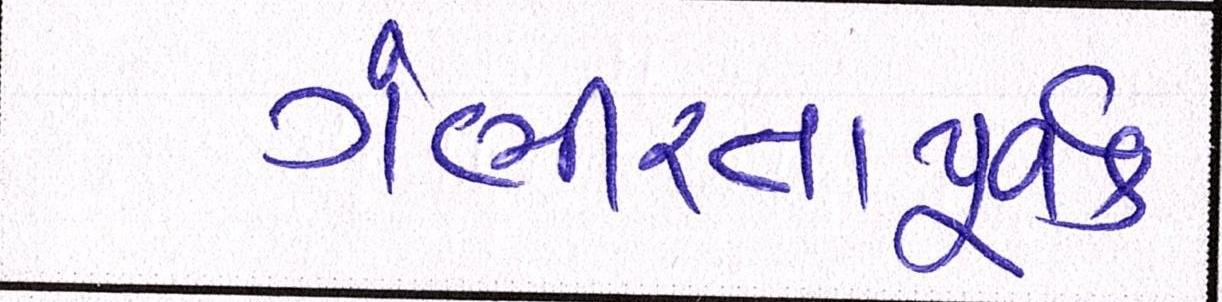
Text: ગંભીરતાપૂર્વક